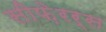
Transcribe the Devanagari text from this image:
सीफ़ेरर्स